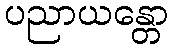
ပညာယန္တော